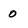
Character: 0